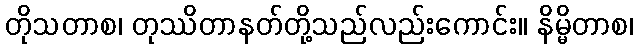
တိုသတာစ၊ တုဿိတာနတ်တို့သည်လည်းကောင်း။ နိမ္မိတာစ၊